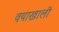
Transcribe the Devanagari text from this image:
वयाखाली